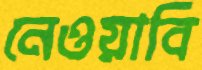
নেওয়াবি